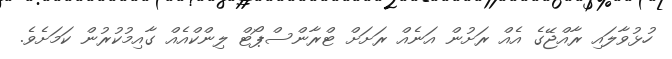
ހުޅުވާލައި ރާއްޖޭގެ އެއް ރަށުން އަނެއް ރަށަށް ޓްރާންސްޕޯޓް ލިންކްއެއް ގާއިމުކުރުން ކަމަށެވެ.